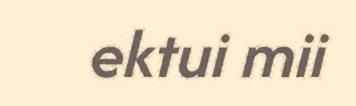
ektui mii